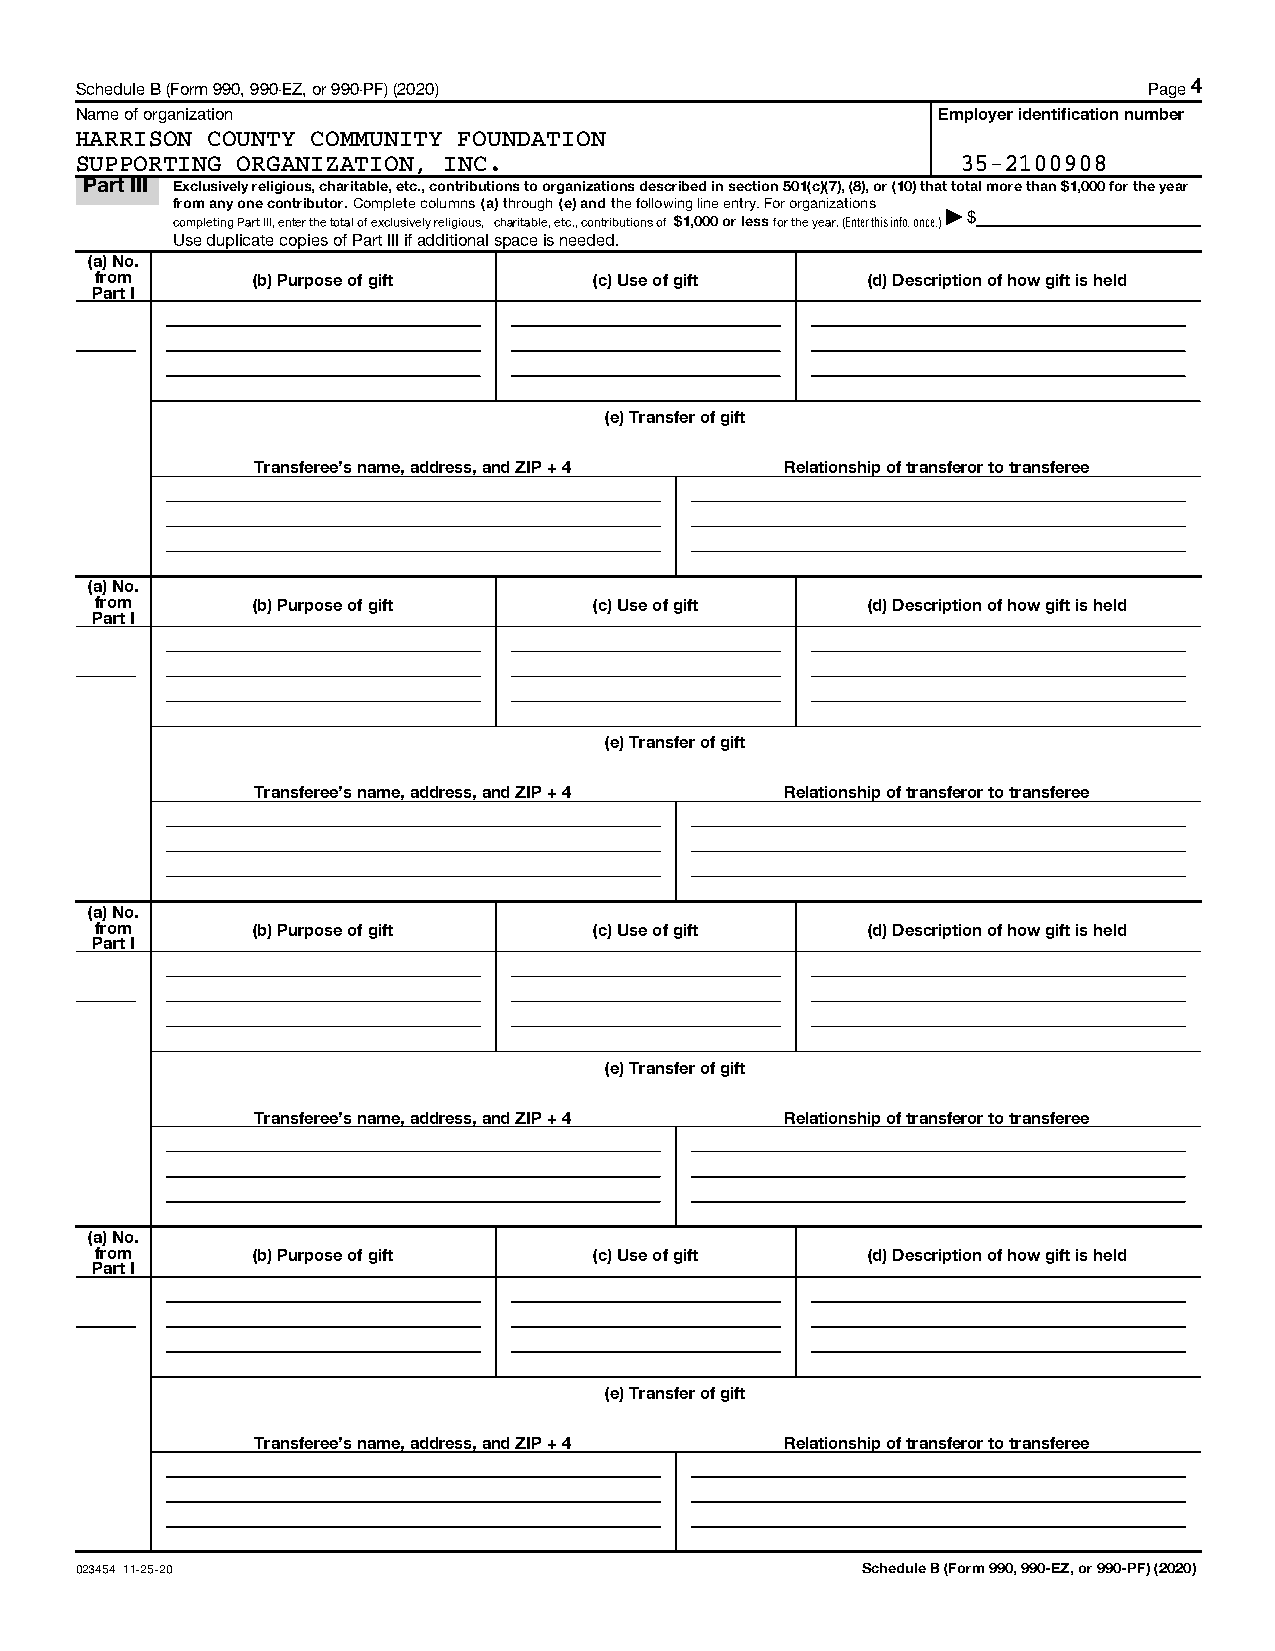
Schedule B (Form 990, 990-EZ, or 990-PF) (2020)                        Page 4
 Name of organization                                     Employer identification number
 HARRISON COUNTY COMMUNITY FOUNDATION
 SUPPORTING ORGANIZATION, INC.                              35-2100908
 Part III Exclusively religious, charitable, etc., contributions to organizations described in section 501(c)(7), (8), or (10) that total more than $1,000 for the year
 from any one contributor. Complete columns (a) through (e) and the following line entry. For organizations
 completing Part III, enter the total of exclusively religious, charitable, etc., contributions of $1,000 or less for the year. (Enter this info. once.)| $
 Use duplicate copies of Part III if additional space is needed.
 (a) No.
 from       (b) Purpose of gift   (c) Use of gift   (d) Description of how gift is held
 Part I
 (e) Transfer of gift
 Transferee's name, address, and ZIP + 4 Relationship of transferor to transferee
 (a) No.
 from       (b) Purpose of gift   (c) Use of gift   (d) Description of how gift is held
 Part I
 (e) Transfer of gift
 Transferee's name, address, and ZIP + 4 Relationship of transferor to transferee
 (a) No.
 from       (b) Purpose of gift   (c) Use of gift   (d) Description of how gift is held
 Part I
 (e) Transfer of gift
 Transferee's name, address, and ZIP + 4 Relationship of transferor to transferee
 (a) No.
 from       (b) Purpose of gift   (c) Use of gift   (d) Description of how gift is held
 Part I
 (e) Transfer of gift
 Transferee's name, address, and ZIP + 4 Relationship of transferor to transferee
 023454 11-25-20                                     Schedule B (Form 990, 990-EZ, or 990-PF) (2020)